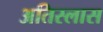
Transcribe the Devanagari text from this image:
अतिस्लास